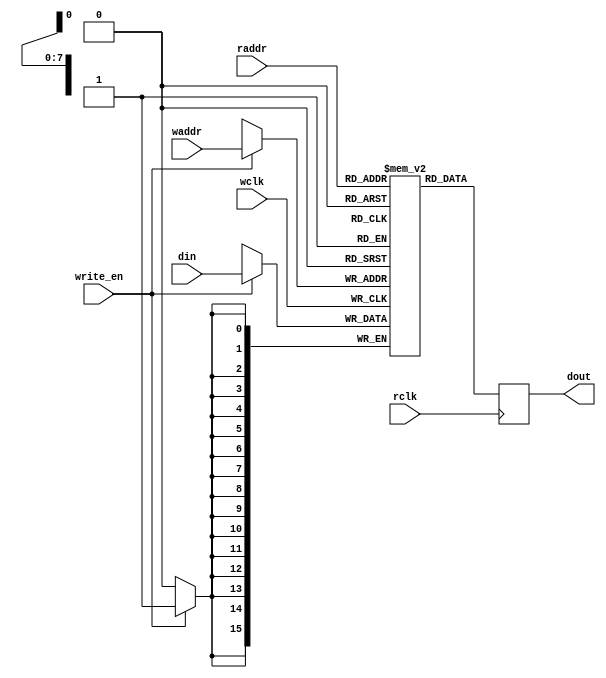
// This program was cloned from: https://github.com/DangerousPrototypes/BusPirateUltraHDL
// License: GNU General Public License v3.0

`ifndef __RAM__
`define __RAM__
module ram (
  din,
  write_en,
  waddr,
  wclk,
  raddr,
  rclk,
  dout
  );//512x8

parameter DEPTH = 256;
parameter WIDTH = 16;
localparam integer ABITS = $clog2(DEPTH); //256=8
input [ABITS-1:0] waddr, raddr;
input [WIDTH-1:0] din;
input write_en, wclk, rclk;
output reg [WIDTH-1:0] dout;
reg [WIDTH-1:0] mem [DEPTH-1:0];

reg [ABITS-1:0] in_pos = 0;
reg [ABITS-1:0] out_pos = 0;

reg [WIDTH-1:0] memory [0:DEPTH-1];

wire [ABITS-1:0] next_in_pos = (in_pos == DEPTH-1) ? 0 : in_pos + 1;
wire [ABITS-1:0] next_next_in_pos = (next_in_pos == DEPTH-1) ? 0 : next_in_pos + 1;

wire [ABITS-1:0] next_out_pos = (out_pos == DEPTH-1) ? 0 : out_pos + 1;
reg [WIDTH-1:0] out_data_d = 0;


always @(posedge wclk) // Write memory.
  begin
  if (write_en)
    mem[waddr] <= din; // Using write address bus.
  end

always @(posedge rclk) // Read memory.
  begin
    dout <= mem[raddr]; // Using read address bus.
  end

endmodule
`endif